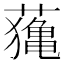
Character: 𦿷